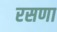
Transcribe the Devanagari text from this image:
रसणा